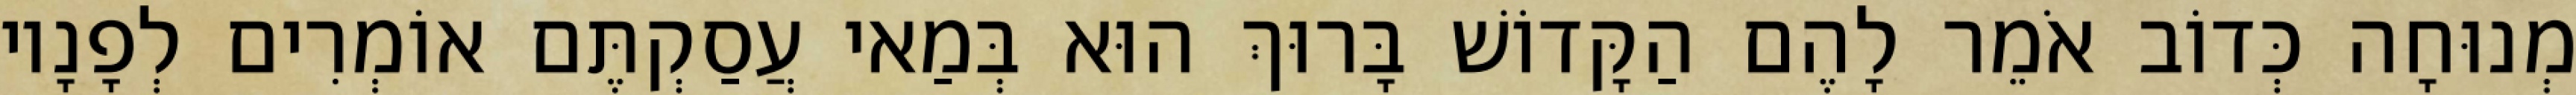
מְנוּחָה כְּדוֹב אֹמֵר לָהֶם הַקָּדוֹשׁ בָּרוּךְ הוּא בְּמַאי עֲסַקְתֶּם אוֹמְרִים לְפָנָיו